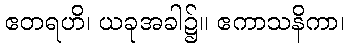
ဧတရဟိ၊ ယခုအခါ၌။ ဧကာသနိကာ၊